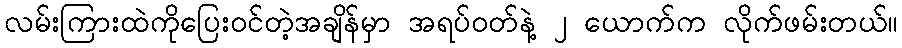
လမ်းကြားထဲကိုပြေးဝင်တဲ့အချိန်မှာ အရပ်ဝတ်နဲ့ ၂ ယောက်က လိုက်ဖမ်းတယ်။